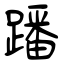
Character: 蹯